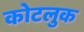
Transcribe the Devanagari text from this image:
कोटलुक